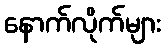
နောက်လိုက်များ